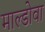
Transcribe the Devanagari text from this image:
माल्डोवा